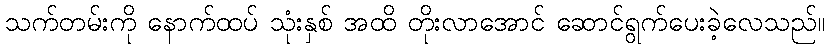
သက်တမ်းကို နောက်ထပ် သုံးနှစ် အထိ တိုးလာအောင် ဆောင်ရွက်ပေးခဲ့လေသည်။